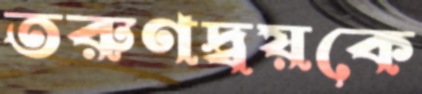
তরুণদ্বয়কে